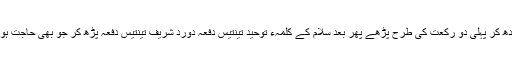
پھر دو رکعت کی نیت باندھ کر پہلی دو رکعت کی طرح پڑھے پھر بعد سلام کے کلمہء توحید تینتیس دفعہ دورد شریف تینتیس دفعہ پڑھ کر جو بھی حاجت ہو اللہ پاک سے طلب کرے۔